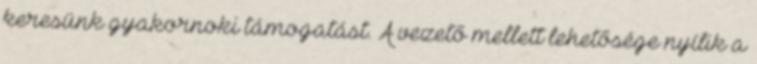
keresünk gyakornoki támogatást. A vezető mellett lehetősége nyílik a